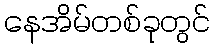
နေအိမ်တစ်ခုတွင်